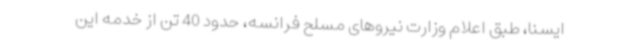
ایسنا، طبق اعلام وزارت نیروهای مسلح فرانسه، حدود 40 تن از خدمه این